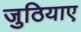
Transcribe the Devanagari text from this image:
जुठियाए